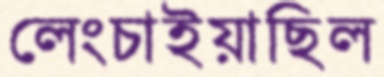
লেংচাইয়াছিল